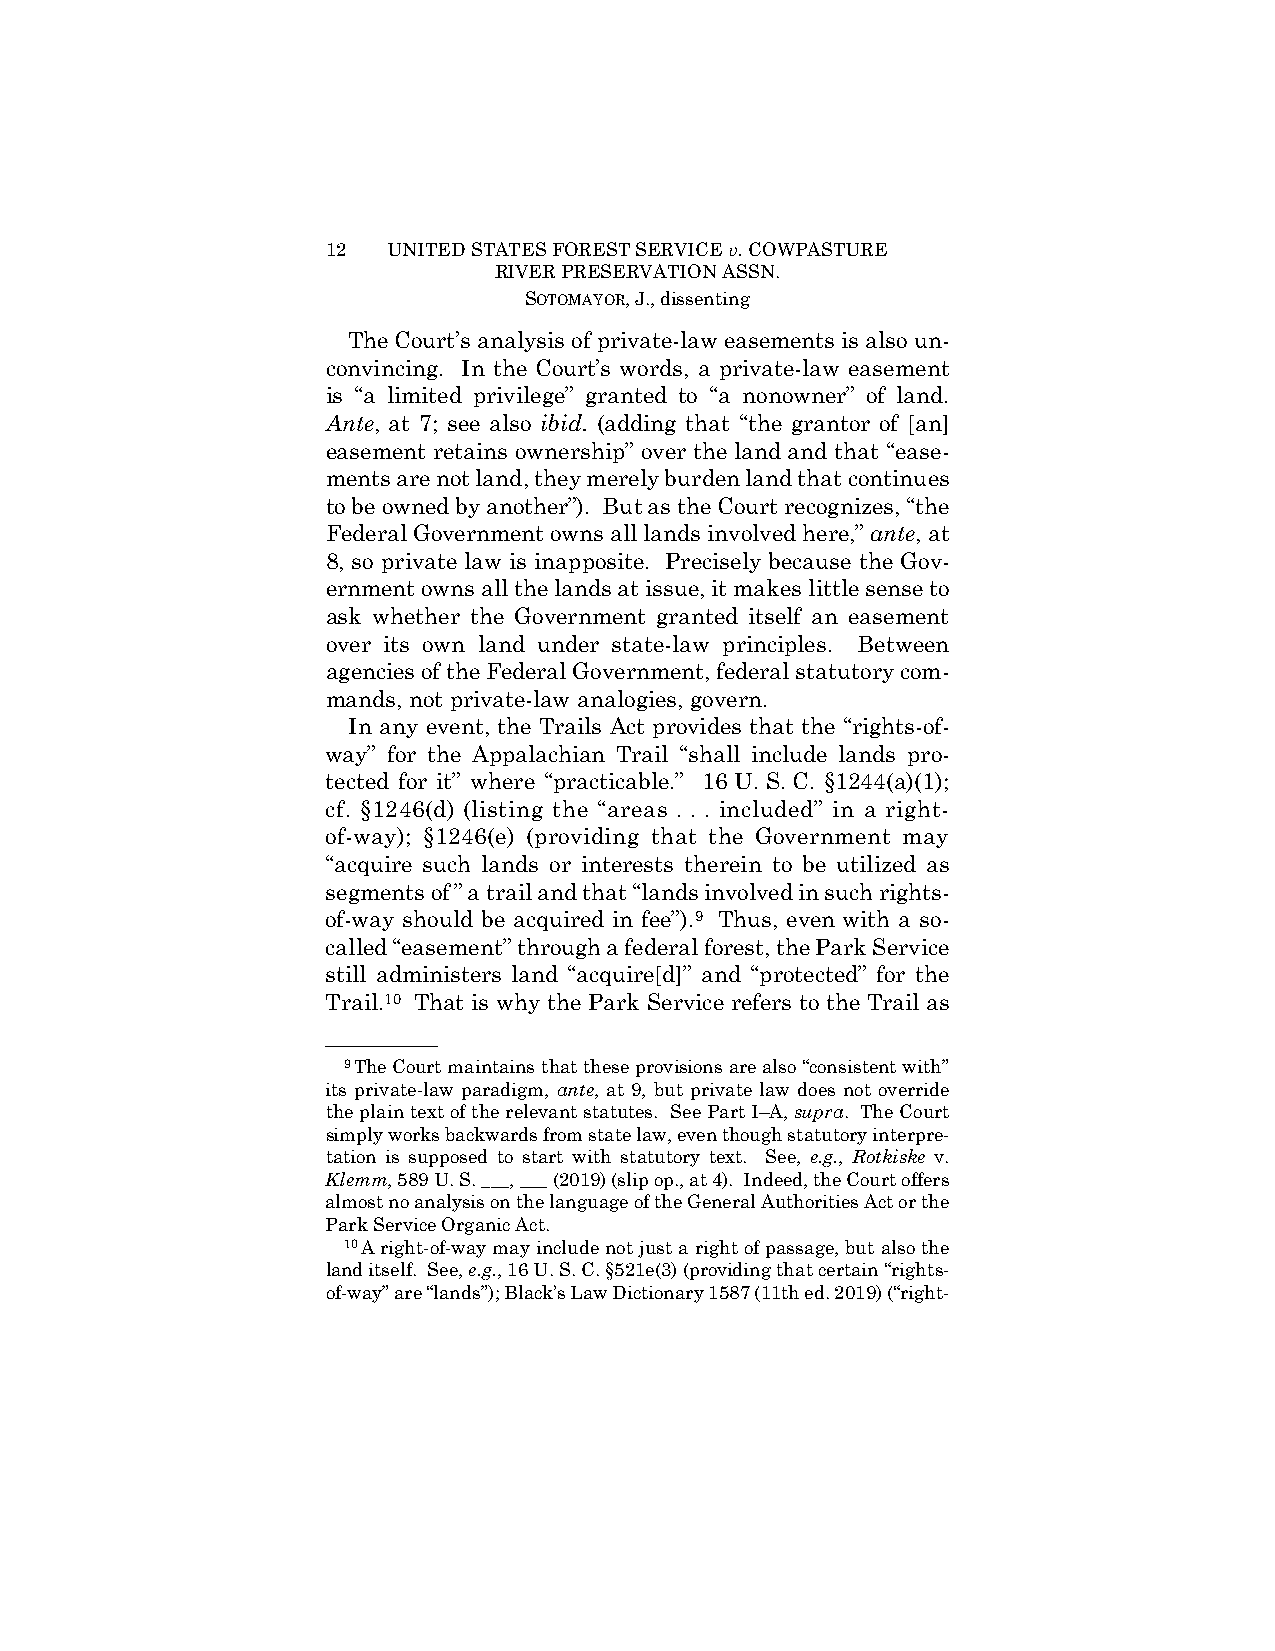
12  UNITED STATES FOREST SERVICE v. COWPASTURE
 RIVER PRESERVATION ASSN.
 SOTOMAYOR, J., dissenting
 The Court’s analysis of private-law easements is also un-
 convincing. In the Court’s words, a private-law easement
 is “a limited privilege” granted to “a nonowner” of land.
 Ante, at 7; see also ibid. (adding that “the grantor of [an]
 easement retains ownership” over the land and that “ease-
 ments are not land, they merely burden land that continues
 to be owned by another”). But as the Court recognizes, “the
 Federal Government owns all lands involved here,” ante, at
 8, so private law is inapposite. Precisely because the Gov-
 ernment owns all the lands at issue, it makes little sense to
 ask whether the Government granted itself an easement
 over its own land under state-law principles. Between
 agencies of the Federal Government, federal statutory com-
 mands, not private-law analogies, govern.
 In any event, the Trails Act provides that the “rights-of-
 way” for the Appalachian Trail “shall include lands pro-
 tected for it” where “practicable.” 16 U. S. C. §1244(a)(1);
 cf. §1246(d) (listing the “areas . . . included” in a right-
 of-way); §1246(e) (providing that the Government may
 “acquire such lands or interests therein to be utilized as
 segments of ” a trail and that “lands involved in such rights-
 of-way should be acquired in fee”).9 Thus, even with a so-
 called “easement” through a federal forest, the Park Service
 still administers land “acquire[d]” and “protected” for the
 Trail.10 That is why the Park Service refers to the Trail as
 ——————
 9The Court maintains that these provisions are also “consistent with”
 its private-law paradigm, ante, at 9, but private law does not override
 the plain text of the relevant statutes. See Part I–A, supra. The Court
 simply works backwards from state law, even though statutory interpre-
 tation is supposed to start with statutory text. See, e.g., Rotkiske v.
 Klemm, 589 U. S. ___, ___ (2019) (slip op., at 4). Indeed, the Court offers
 almost no analysis on the language of the General Authorities Act or the
 Park Service Organic Act.
 10A right-of-way may include not just a right of passage, but also the
 land itself. See, e.g., 16 U. S. C. §521e(3) (providing that certain “rights-
 of-way” are “lands”); Black’s Law Dictionary 1587 (11th ed. 2019) (“right-